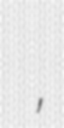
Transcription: Лаврентий Дядюнович Сон,